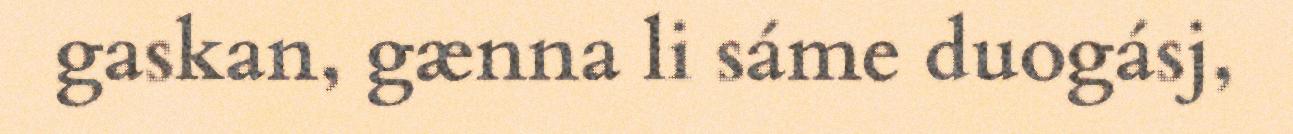
gaskan, gænna li sáme duogásj,